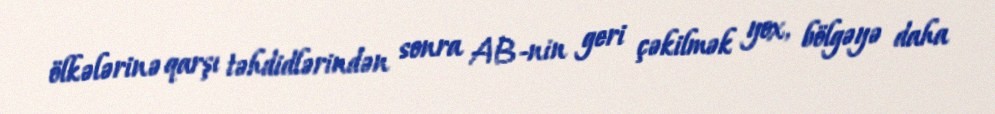
ölkələrinə qarşı təhdidlərindən sonra AB-nin geri çəkilmək yox, bölgəyə daha